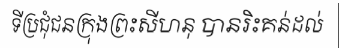
ទីប្រជុំជនក្រុងព្រះសីហនុ បានរិះគន់ដល់